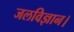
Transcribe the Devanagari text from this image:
जलविज्ञान।